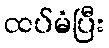
ထပ်မံပြီး